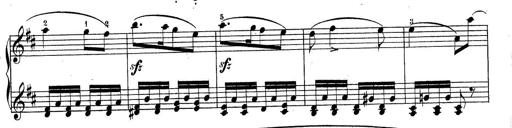
Title: Sonatine No.3
Composer: Peter Piel
Key: D major